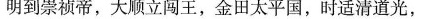
明到崇祯帝，大顺立闯王，金田太平国，时适清道光，